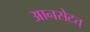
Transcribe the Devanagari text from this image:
आनसेटत्